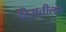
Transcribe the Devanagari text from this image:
दिसतीलच